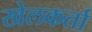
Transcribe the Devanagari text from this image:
खेलकर्ता